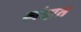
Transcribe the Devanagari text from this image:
खंदात